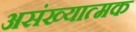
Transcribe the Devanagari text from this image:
असंख्यात्मक